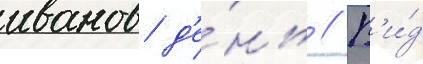
иванов д'е́нь // В'и́д